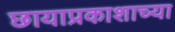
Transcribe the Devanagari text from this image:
छायाप्रकाशाच्या